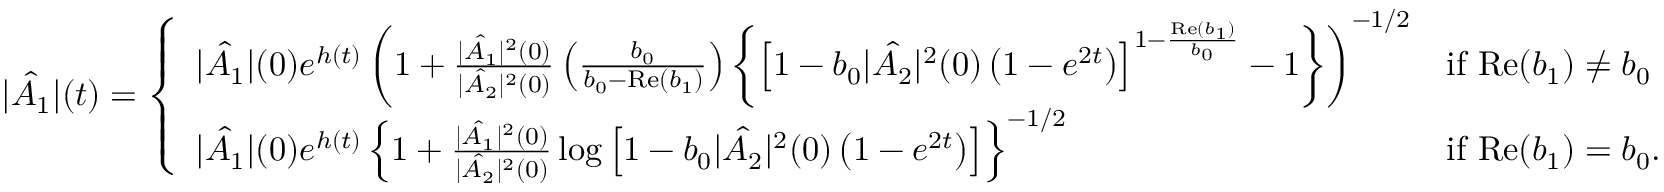
| \hat { A _ { 1 } } | ( t ) = \left\{ \begin{array} { l l } { | \hat { A _ { 1 } } | ( 0 ) e ^ { h ( t ) } \left( 1 + \frac { | \hat { A _ { 1 } } | ^ { 2 } ( 0 ) } { | \hat { A _ { 2 } } | ^ { 2 } ( 0 ) } \left( \frac { b _ { 0 } } { b _ { 0 } - \mathrm { R e } ( b _ { 1 } ) } \right) \left\{ \left[ 1 - b _ { 0 } | \hat { A _ { 2 } } | ^ { 2 } ( 0 ) \left( 1 - e ^ { 2 t } \right) \right] ^ { 1 - \frac { \mathrm { R e } ( b _ { 1 } ) } { b _ { 0 } } } - 1 \right\} \right) ^ { - 1 / 2 } } & { \mathrm { i f ~ } \mathrm { R e } ( b _ { 1 } ) \neq b _ { 0 } } \\ { | \hat { A _ { 1 } } | ( 0 ) e ^ { h ( t ) } \left\{ 1 + \frac { | \hat { A _ { 1 } } | ^ { 2 } ( 0 ) } { | \hat { A _ { 2 } } | ^ { 2 } ( 0 ) } \log \left[ 1 - b _ { 0 } | \hat { A _ { 2 } } | ^ { 2 } ( 0 ) \left( 1 - e ^ { 2 t } \right) \right] \right\} ^ { - 1 / 2 } } & { \mathrm { i f ~ } \mathrm { R e } ( b _ { 1 } ) = b _ { 0 } . } \end{array} \right.